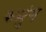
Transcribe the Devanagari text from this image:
रुमुंग